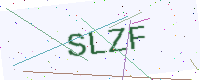
Text: SLZF